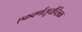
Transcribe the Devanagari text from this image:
एकवर्णसूर्यचित्रक